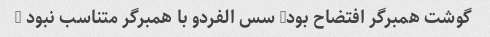
گوشت همبرگر افتضاح بود- سس الفردو با همبرگر متناسب نبود …